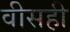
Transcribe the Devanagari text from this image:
वीसही